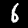
Digit: 6